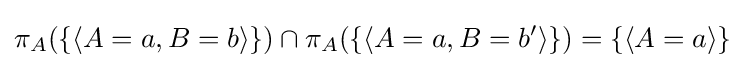
\pi _{A}(\{\langle A=a,B=b\rangle \})\cap \pi _{A}(\{\langle A=a,B=b'\rangle \})=\{\langle A=a\rangle \}